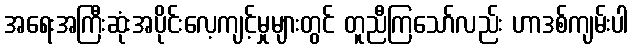
အရေးအကြီးဆုံးအပိုင်းလေ့ကျင့်မှုများတွင် တူညီကြသော်လည်း ဟာဒစ်ကျမ်းပါ